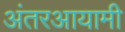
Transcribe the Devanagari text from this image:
अंतरआयामी